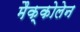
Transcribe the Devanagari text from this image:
मैक्कोलेन